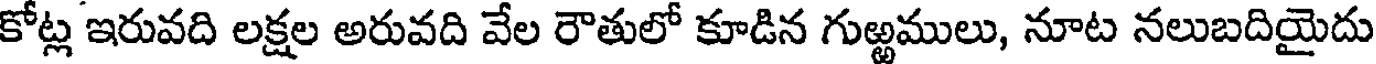
కోట్ల ఇరువది లక్షల అరువది వేల రౌతులో కూడిన గుఱ్ఱములు, నూట నలుబదియైదు